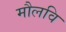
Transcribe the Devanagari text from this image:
मौलवि